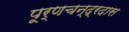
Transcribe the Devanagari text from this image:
पूर्णचन्द्रदास